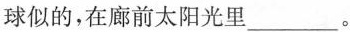
球似的，在廊前太阳光里___。